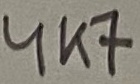
Text: 4K7